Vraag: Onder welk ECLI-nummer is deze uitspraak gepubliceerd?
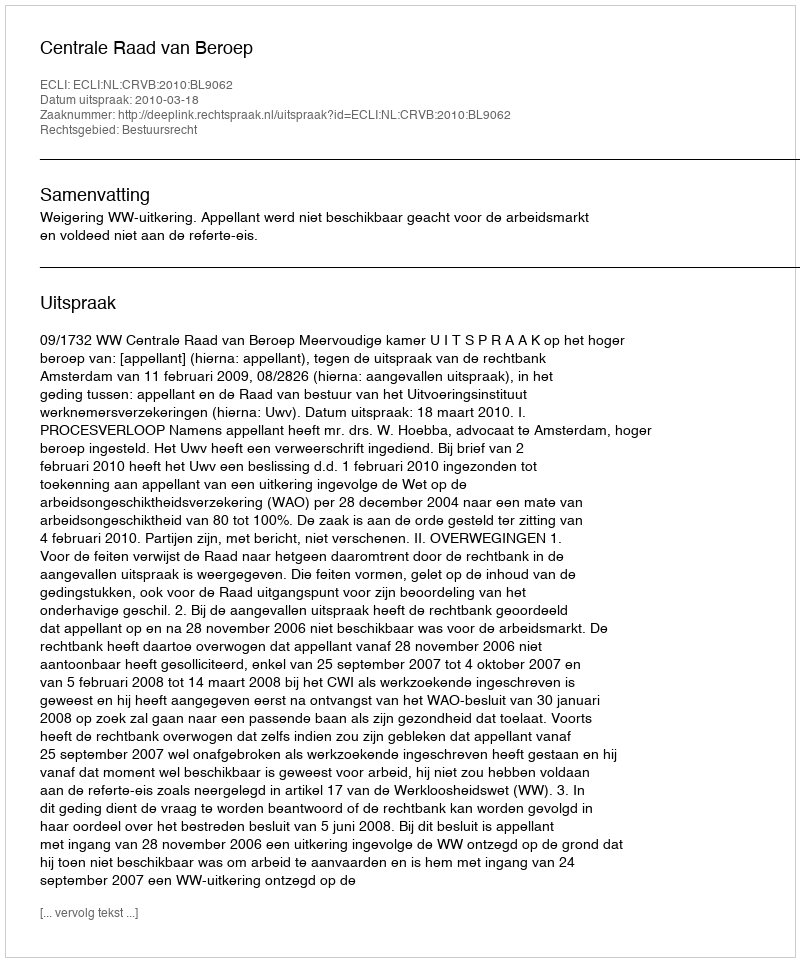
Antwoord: ECLI:NL:CRVB:2010:BL9062